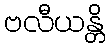
ဗလီယန္တိ